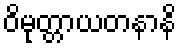
ဝိမုတ္တာယတနာနိ